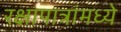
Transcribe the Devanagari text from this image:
रक्षापात्रांमध्ये